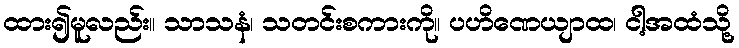
ထား၍မူလည်း။ သာသနံ၊ သတင်းစကားကို။ ပဟိဏေယျာထ၊ ငါ့အထံသို့